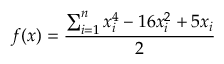
f ( { \boldsymbol { x } } ) = { \frac { \sum _ { i = 1 } ^ { n } x _ { i } ^ { 4 } - 1 6 x _ { i } ^ { 2 } + 5 x _ { i } } { 2 } }